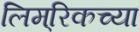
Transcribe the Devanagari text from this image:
लिम्‌रिकच्या